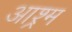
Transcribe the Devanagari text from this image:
आश्र्म